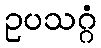
ဥပသဂ္ဂံ